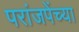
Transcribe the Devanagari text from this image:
परांजपेंच्या